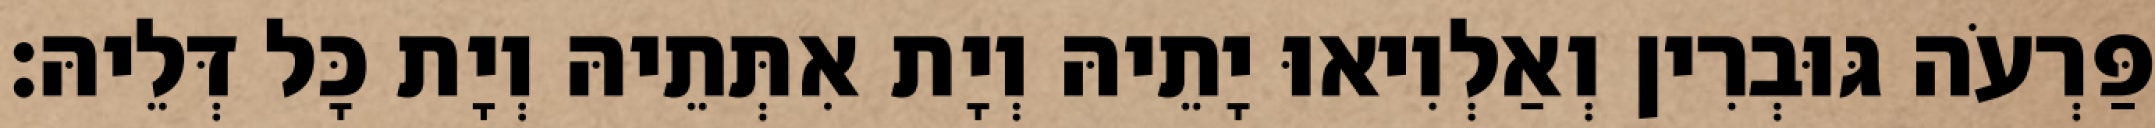
פַּרְעֹה גּוּבְרִין וְאַלְוִיאוּ יָתֵיהּ וְיָת אִתְּתֵיהּ וְיָת כָּל דְּלֵיהּ׃